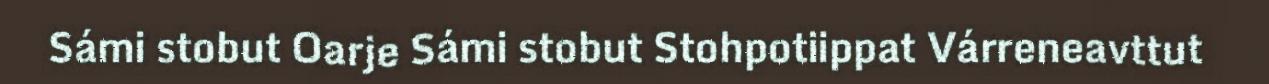
Sámi stobut Oarje Sámi stobut Stohpotiippat Várreneavttut